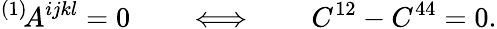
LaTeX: {}^{(1)}\! A^{ijkl}=0\qquad\Longleftrightarrow\qquad C^{12}-C^{44}=0.